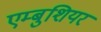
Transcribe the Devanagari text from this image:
एम्बुशियर